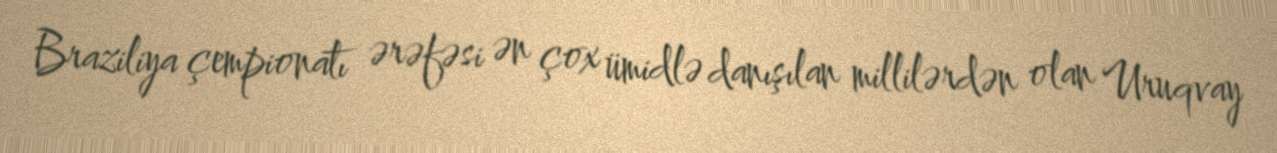
Braziliya çempionatı ərəfəsi ən çox ümidlə danışılan millilərdən olan Uruqvay